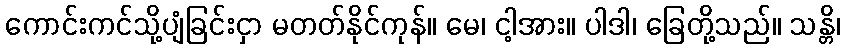
ကောင်းကင်သို့ပျံခြင်းငှာ မတတ်နိုင်ကုန်။ မေ၊ ငါ့အား။ ပါဒါ၊ ခြေတို့သည်။ သန္တိ၊